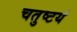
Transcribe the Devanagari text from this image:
चतुष्टयं